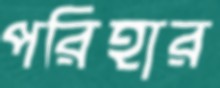
পরিহার